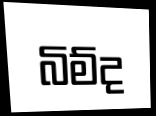
බිම්ද